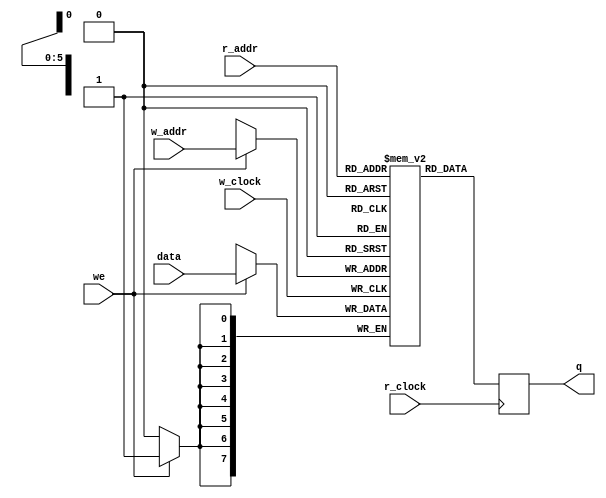
`timescale 1ns / 1ps
//////////////////////////////////////////////////////////////////////////////////
// Company: 
// Engineer: 
// 
// Design Name: 
// Module Name: DUALPORTSRAM
// Project Name: 
// Target Devices: 
// Tool Versions: 
// Description: 
// 
// Dependencies: 
// 
// Revision:
// Revision 0.01 - File Created
// Additional Comments:
// 
//////////////////////////////////////////////////////////////////////////////////


module DUALPORTSRAM(q, data, r_addr, w_addr, we, r_clock, w_clock);
	input [7:0] data;
	input [5:0] r_addr, w_addr;
	input we, r_clock, w_clock;
	output reg [7:0] q;

	reg [7:0] sram[63:0];
	
	always @ (posedge w_clock)
	begin
	
		if (we)
			sram[w_addr] <= data;
	end
	
	always @ (posedge r_clock)
	begin
	
		q <= sram[r_addr];
	end
endmodule